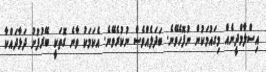
އިސްލާމްދީނެއް މިގައުމަކުން ނުފޮހެވޭނެ. ބަދަލެއްވެސް ނުކުރެވޭނެ. އެކަމަކު ވާނެ ގޮތަކީ ބޭރުފުށު ދަޅާދައްކާ